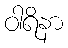
ဝါရိနာ